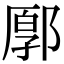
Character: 𨜸